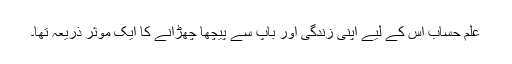
علمِ حساب اس کے لیے اپنی زندگی اور باپ سے پیچھا چھڑانے کا ایک موثر ذریعہ تھا۔